画像に写った文字を読んでください
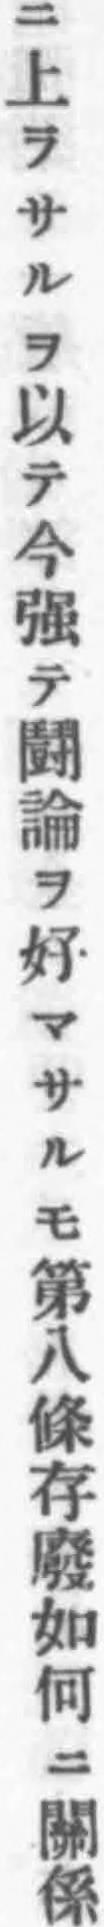
「ニ上ラサルヲ以テ今强テ鬪論ヲ好マサルモ第八條存廢如何ニ關係」と書いてあります